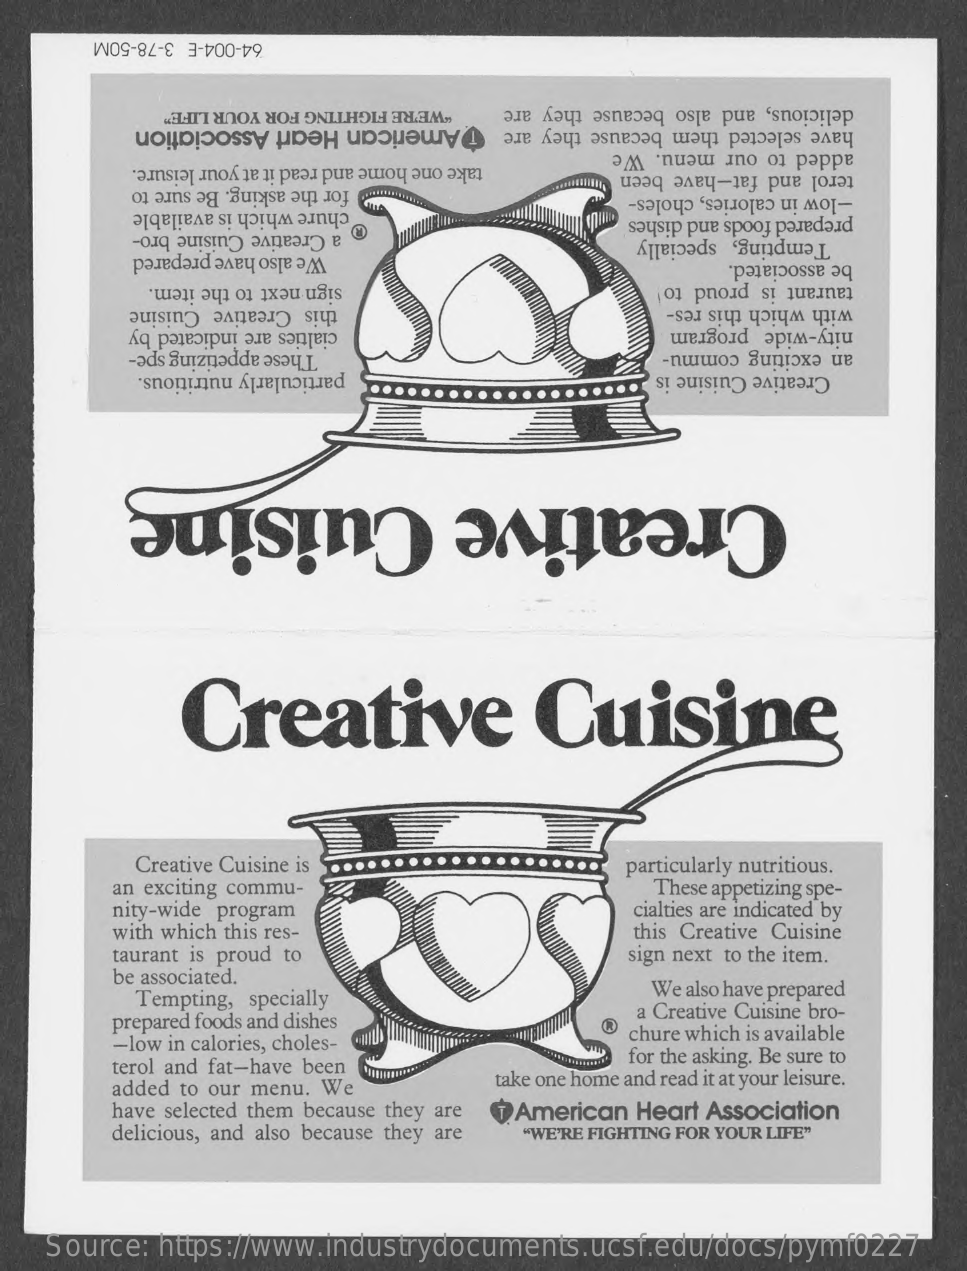
64-004-E 3-78-50M
     "WE'RE FIGHTING FOR YOUR LIFE" delicious, and also because they are
     American Heart Association    have selected them because they are
     take one home and read it at your leisure.
     added to our menu. We
     ............. for the asking. Be sure to
     terol and fat-have been
     chure which is available
     -low in calories, choles-
     a Creative Cuisine bro-
     prepared foods and dishes
     We also have prepared
     Tempting, specially
     sign next to the item.    taurant is proud to
     be associated.
     this Creative Cuisine    with which this res-
     cialties are indicated by    nity-wide program
     These appetizing spe-    an exciting commu-
     particularly nutritious.    Creative Cuisine is
     Creative Cuisine
     Creative    Cuisine
     Creative Cuisine is    particularly nutritious.
     an exciting commu-    These appetizing spe-
     nity-wide program    cialties are indicated by
     with which this res-    this Creative Cuisine
     taurant is proud to
     be associated.
     sign next to the item.
     Tempting, specially
     We also have prepared
     prepared foods and dishes    a Creative Cuisine bro-
     -low in calories, choles-    chure which is available
     terol and fat-have been    for the asking. Be sure to
     added to our menu. We    take one home and read it at your leisure.
     have selected them because they are
     delicious, and also because they are
     American Heart Association
     "WE'RE FIGHTING FOR YOUR LIFE"
    Source: https://www.industrydocuments.ucsf.edu/docs/pymf0227